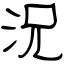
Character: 況